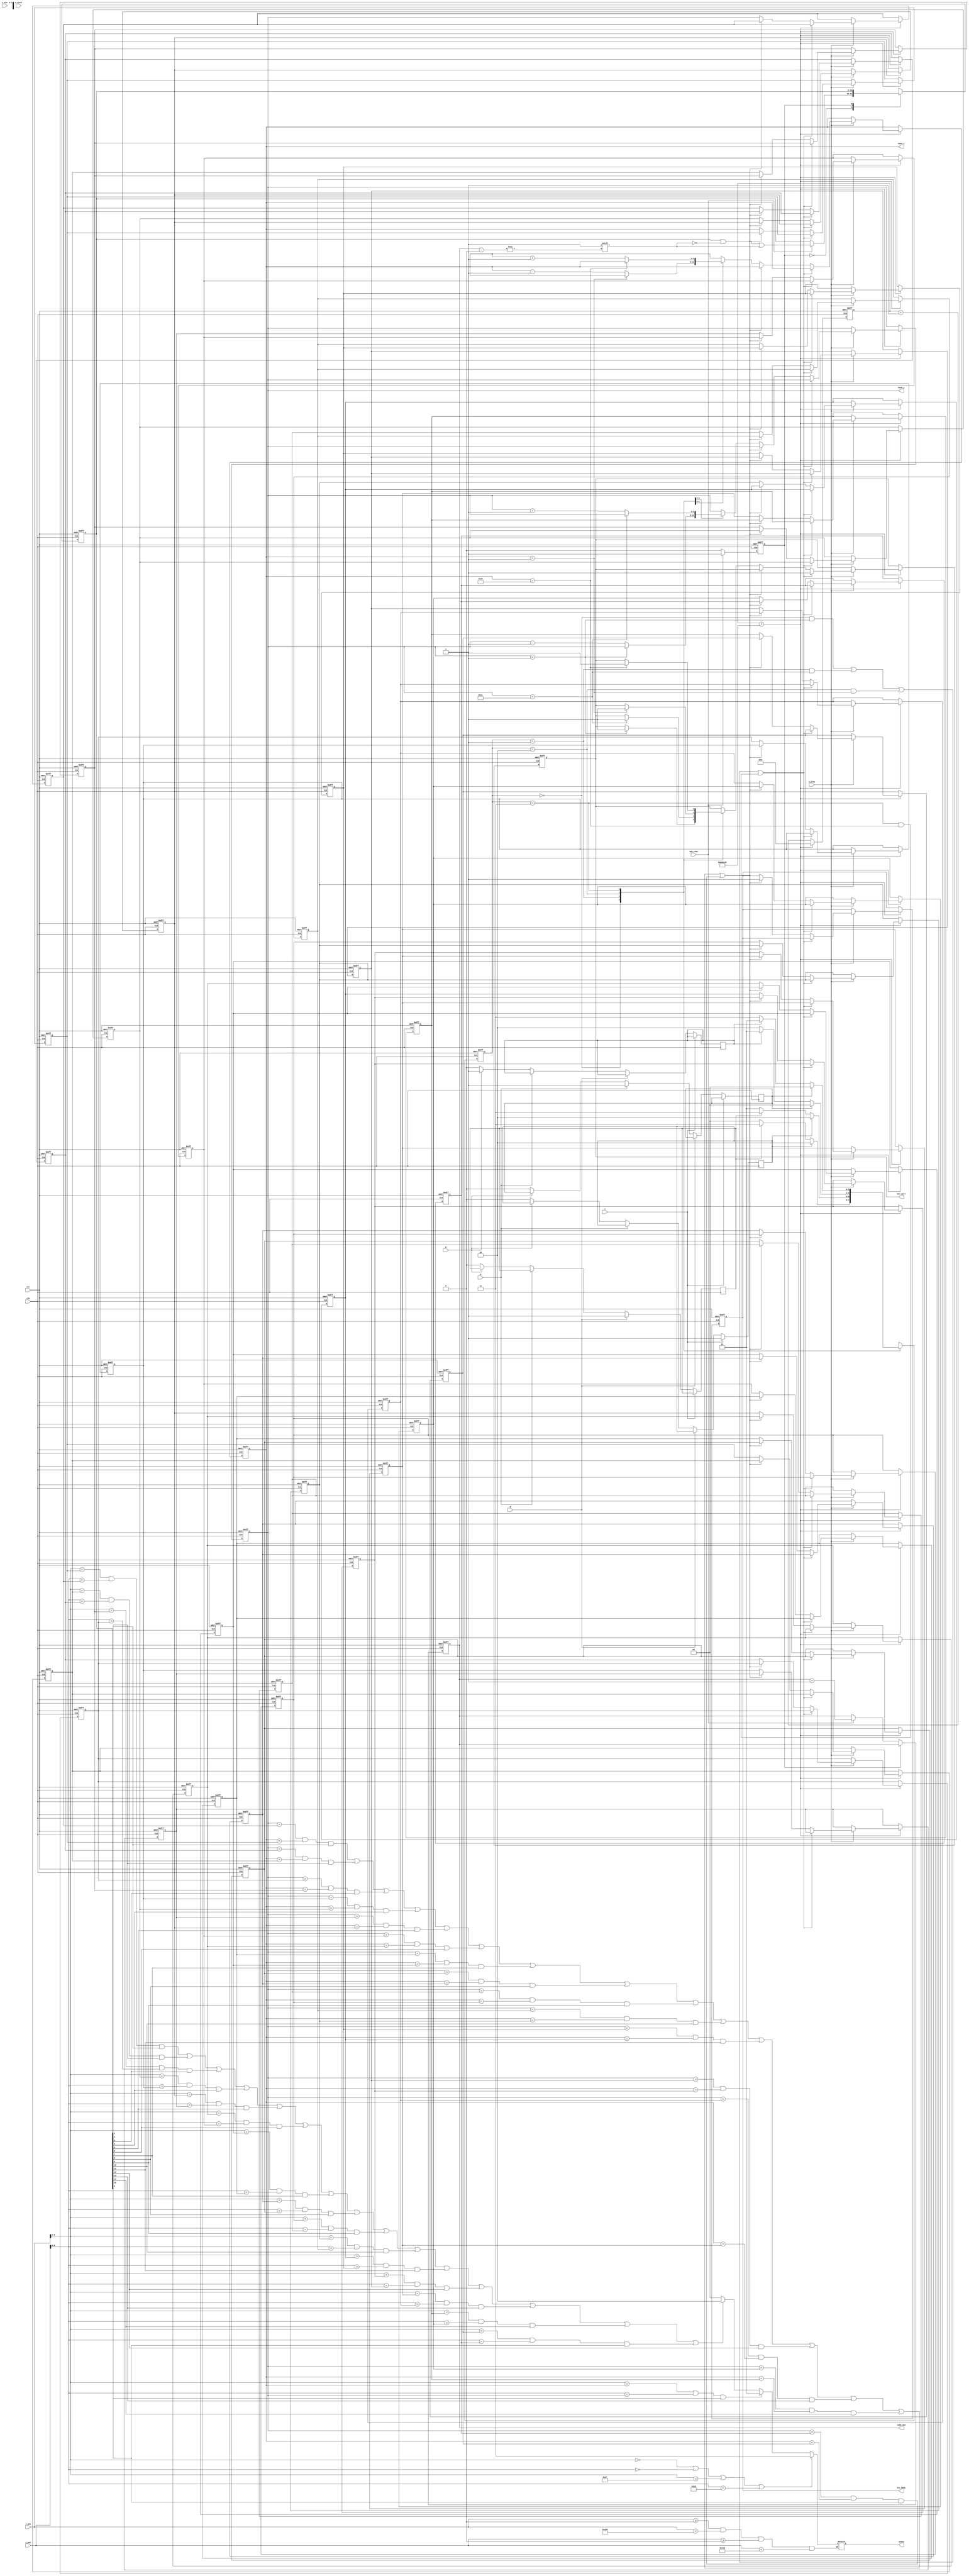
`timescale 1ns / 1ps
//////////////////////////////////////////////////////////////////////////////////
// Company: 
// Engineer: 
// 
// Design Name: 
// Module Name: snake
// Project Name: 
// Target Devices: 
// Tool Versions: 
// Description: 
// 
// Dependencies: 
// 
// Revision:
// Revision 0.01 - File Created
// Additional Comments:
// 
//////////////////////////////////////////////////////////////////////////////////


module snake
(
	input clk,
	input clr,
	input L,R,U,D,
	input [9:0]x_pos,
	input [9:0]y_pos, 	
	input add_cube,
	input s_start,s_play,s_die,

	output reg [1:0]snake,
	output [5:0]head_x,	
	output [5:0]head_y,	
	output reg [6:0]cube_num,
	output reg hit_body, 
	output reg hit_wall   
);
	
	localparam UP = 2'b00;
	localparam DOWN = 2'b01;
	localparam LEFT = 2'b10;
	localparam RIGHT = 2'b11;
	
	localparam NONE = 2'b00;
	localparam HEAD = 2'b01;
	localparam BODY = 2'b10;
	localparam WALL = 2'b11;
	
    localparam RESTART = 2'b00;
	localparam PLAY = 2'b10;
	
	reg[31:0]cnt;
	
	wire[1:0]direct;
	reg [1:0]direct_r;     
	assign direct = direct_r;
	reg[1:0]direct_next;
	
	reg change_to_left;
	reg change_to_right;
	reg change_to_up;
	reg change_to_down;
	
	reg [5:0]cube_x[15:0];
	reg [5:0]cube_y[15:0];
    reg [15:0]is_exist;    
	
	reg addcube_state;
	
	assign head_x = cube_x[0];
	assign head_y = cube_y[0]; 
	
	always @(posedge clk or posedge clr) begin		
		if(clr)
			direct_r <= RIGHT; 
		else
			direct_r <= direct_next;
	end

    
	always @(posedge clk or posedge clr) begin
		if(clr) begin
			cnt <= 0;
								
			cube_x[0] <= 10;
			cube_y[0] <= 5;
					
			cube_x[1] <= 9;
			cube_y[1] <= 5;
					
			cube_x[2] <= 8;
			cube_y[2] <= 5;

			cube_x[3] <= 0;
			cube_y[3] <= 0;
					
			cube_x[4] <= 0;
			cube_y[4] <= 0;
					
			cube_x[5] <= 0;
			cube_y[5] <= 0;
					
			cube_x[6] <= 0;
			cube_y[6] <= 0;
					
			cube_x[7] <= 0;
			cube_y[7] <= 0;
					
			cube_x[8] <= 0;
			cube_y[8] <= 0;
					
			cube_x[9] <= 0;
			cube_y[9] <= 0;					
					
			cube_x[10] <= 0;
			cube_y[10] <= 0;
					
			cube_x[11] <= 0;
			cube_y[11] <= 0;
					
            cube_x[12] <= 0;
			cube_y[12] <= 0;
					
			cube_x[13] <= 0;
			cube_y[13] <= 0;
					
			cube_x[14] <= 0;
			cube_y[14] <= 0;
					
			cube_x[15] <= 0;
			cube_y[15] <= 0;

			hit_wall <= 0;
			hit_body <= 0;//3 16 
		end		
		else begin
			cnt <= cnt + 1;
			if(cnt == 12500000) begin  //0.02us*12'500'000=0.25s  
				cnt <= 0;
				if(s_play==1) begin
					if((direct == UP && cube_y[0] == 1)|(direct == DOWN && cube_y[0] == 28)|(direct == LEFT && cube_x[0] == 1)|(direct == RIGHT && cube_x[0] == 38))//
					   hit_wall <= 1; 
					else if((cube_y[0] == cube_y[1] && cube_x[0] == cube_x[1] && is_exist[1] == 1)|
							(cube_y[0] == cube_y[2] && cube_x[0] == cube_x[2] && is_exist[2] == 1)|
							(cube_y[0] == cube_y[3] && cube_x[0] == cube_x[3] && is_exist[3] == 1)|
							(cube_y[0] == cube_y[4] && cube_x[0] == cube_x[4] && is_exist[4] == 1)|
							(cube_y[0] == cube_y[5] && cube_x[0] == cube_x[5] && is_exist[5] == 1)|
							(cube_y[0] == cube_y[6] && cube_x[0] == cube_x[6] && is_exist[6] == 1)|
							(cube_y[0] == cube_y[7] && cube_x[0] == cube_x[7] && is_exist[7] == 1)|
							(cube_y[0] == cube_y[8] && cube_x[0] == cube_x[8] && is_exist[8] == 1)|
							(cube_y[0] == cube_y[9] && cube_x[0] == cube_x[9] && is_exist[9] == 1)|
							(cube_y[0] == cube_y[10] && cube_x[0] == cube_x[10] && is_exist[10] == 1)|
							(cube_y[0] == cube_y[11] && cube_x[0] == cube_x[11] && is_exist[11] == 1)|
							(cube_y[0] == cube_y[12] && cube_x[0] == cube_x[12] && is_exist[12] == 1)|
							(cube_y[0] == cube_y[13] && cube_x[0] == cube_x[13] && is_exist[13] == 1)|
							(cube_y[0] == cube_y[14] && cube_x[0] == cube_x[14] && is_exist[14] == 1)|
							(cube_y[0] == cube_y[15] && cube_x[0] == cube_x[15] && is_exist[15] == 1))
							hit_body <= 1;
					else begin
						cube_x[1] <= cube_x[0];
						cube_y[1] <= cube_y[0];
										
						cube_x[2] <= cube_x[1];
						cube_y[2] <= cube_y[1];
										
						cube_x[3] <= cube_x[2];
						cube_y[3] <= cube_y[2];
										
						cube_x[4] <= cube_x[3];
						cube_y[4] <= cube_y[3];
										
						cube_x[5] <= cube_x[4];
						cube_y[5] <= cube_y[4];
										
						cube_x[6] <= cube_x[5];
						cube_y[6] <= cube_y[5];
										
						cube_x[7] <= cube_x[6];
						cube_y[7] <= cube_y[6];
										
						cube_x[8] <= cube_x[7];
						cube_y[8] <= cube_y[7];
										
						cube_x[9] <= cube_x[8];
						cube_y[9] <= cube_y[8];
										
						cube_x[10] <= cube_x[9];
						cube_y[10] <= cube_y[9];
										
						cube_x[11] <= cube_x[10];
						cube_y[11] <= cube_y[10];
										
						cube_x[12] <= cube_x[11];
						cube_y[12] <= cube_y[11];
										 
						cube_x[13] <= cube_x[12];
						cube_y[13] <= cube_y[12];
										
						cube_x[14] <= cube_x[13];
						cube_y[14] <= cube_y[13];
										
						cube_x[15] <= cube_x[14];
						cube_y[15] <= cube_y[14];
						
						case(direct)						
							UP: begin
							    if(cube_y[0] == 1)
									hit_wall <= 1;
								else
									cube_y[0] <= cube_y[0]-1;
							end
									
							DOWN: begin
								if(cube_y[0] == 28)
									hit_wall <= 1;
								else
									cube_y[0] <= cube_y[0] + 1;
							end
										
							LEFT: begin
								if(cube_x[0] == 1)
									hit_wall <= 1;
								else
									cube_x[0] <= cube_x[0] - 1;											
							end

							RIGHT: begin
								if(cube_x[0] == 38)
									hit_wall <= 1;
                                else
									cube_x[0] <= cube_x[0] + 1;
							end
						endcase				
					end
				end
			end
		end
	end
	
	always @(*) begin   
		direct_next = direct;		
        case(direct)	
		    UP: begin  
			    if(change_to_left)
				    direct_next = LEFT;
			    else if(change_to_right)
				    direct_next = RIGHT;
			    else
				    direct_next = UP;			
		    end		
			
		    DOWN: begin
			    if(change_to_left)
				    direct_next = LEFT;
			    else if(change_to_right)
			        direct_next = RIGHT;
			    else
				    direct_next = DOWN;			
		    end		
			
		    LEFT: begin
			    if(change_to_up)
				    direct_next = UP;
			    else if(change_to_down)
    			    direct_next = DOWN;
			    else
				    direct_next = LEFT;			
		    end
		
		    RIGHT: begin
			    if(change_to_up)
				    direct_next = UP;
			    else if(change_to_down)
				    direct_next = DOWN;
			    else
				    direct_next = RIGHT;
		    end	
	    endcase
	end
	
	always @(posedge clk) begin
		if(L == 1)
			change_to_left <= 1;
		else if(R == 1)
			change_to_right <= 1;
		else if(U == 1)
			change_to_up <= 1;
		else if(D == 1)
			change_to_down <= 1;
		else begin
			change_to_left <= 0;
			change_to_right <= 0;
			change_to_up <= 0;
			change_to_down <= 0;
		end
	end
	
	always @(posedge clk or posedge clr) begin	
		if(clr) begin
			is_exist <= 16'd7;
			cube_num <= 3;
			addcube_state <= 0;
		end  
		else begin			
			case(addcube_state)
				0:begin
					if(add_cube) begin
						cube_num <= cube_num + 1;
						is_exist[cube_num] <= 1;
						addcube_state <= 1;
					end					
				end
				1:begin
					if(!add_cube)
						addcube_state <= 0;				
				end
			endcase
		end
	end
	
	reg[3:0]lox;
	reg[3:0]loy;
	
	always @(x_pos or y_pos ) begin				
		if(x_pos >= 0 && x_pos < 640 && y_pos >= 0 && y_pos < 480) begin
			if(x_pos[9:4] == 0 | y_pos[9:4] == 0 | x_pos[9:4] == 39 | y_pos[9:4] == 29)
				snake = WALL;
			else if(x_pos[9:4] == cube_x[0] && y_pos[9:4] == cube_y[0] && is_exist[0] == 1) 
				snake =  HEAD;
			else if
				((x_pos[9:4] == cube_x[1] && y_pos[9:4] == cube_y[1] && is_exist[1] == 1)|
				 (x_pos[9:4] == cube_x[2] && y_pos[9:4] == cube_y[2] && is_exist[2] == 1)|
				 (x_pos[9:4] == cube_x[3] && y_pos[9:4] == cube_y[3] && is_exist[3] == 1)|
				 (x_pos[9:4] == cube_x[4] && y_pos[9:4] == cube_y[4] && is_exist[4] == 1)|
				 (x_pos[9:4] == cube_x[5] && y_pos[9:4] == cube_y[5] && is_exist[5] == 1)|
				 (x_pos[9:4] == cube_x[6] && y_pos[9:4] == cube_y[6] && is_exist[6] == 1)|
				 (x_pos[9:4] == cube_x[7] && y_pos[9:4] == cube_y[7] && is_exist[7] == 1)|
				 (x_pos[9:4] == cube_x[8] && y_pos[9:4] == cube_y[8] && is_exist[8] == 1)|
				 (x_pos[9:4] == cube_x[9] && y_pos[9:4] == cube_y[9] && is_exist[9] == 1)|
				 (x_pos[9:4] == cube_x[10] && y_pos[9:4] == cube_y[10] && is_exist[10] == 1)|
				 (x_pos[9:4] == cube_x[11] && y_pos[9:4] == cube_y[11] && is_exist[11] == 1)|
				 (x_pos[9:4] == cube_x[12] && y_pos[9:4] == cube_y[12] && is_exist[12] == 1)|
				 (x_pos[9:4] == cube_x[13] && y_pos[9:4] == cube_y[13] && is_exist[13] == 1)|
				 (x_pos[9:4] == cube_x[14] && y_pos[9:4] == cube_y[14] && is_exist[14] == 1)|
				 (x_pos[9:4] == cube_x[15] && y_pos[9:4] == cube_y[15] && is_exist[15] == 1))
				 snake = BODY ;
			else snake = NONE;
		end
	end
endmodule